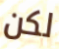
لكن